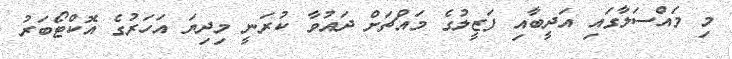
މި މައްސަލާގައި އަދީބާއި ފަޒީލުގެ މައްޗަށް ދައުވާ ކުރަނީ މިދިޔަ އަހަރުގެ އޮކްޓޯބަރު